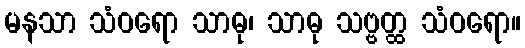
မနသာ သံဝရော သာဓု၊ သာဓု သဗ္ဗတ္ထ သံဝရော။